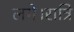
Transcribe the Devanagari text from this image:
लगे।रात्रि